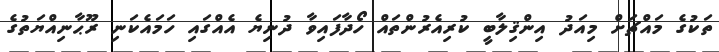
ތަކުގެ މައްޗަށް މިއަދު އިންޤިލާބީ ކުރިއެރުންތައް ހޯދާފައިވާ ދުނިޔެ އެއްގައި ހަމައެކަނި ރޫޙާނިއްޔަތުގެ